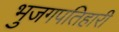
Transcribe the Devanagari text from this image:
भुजगपतिहारी